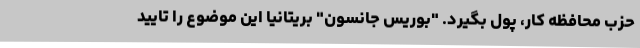
حزب محافظه کار، پول بگیرد. "بوریس جانسون" بریتانیا این موضوع را تایید